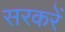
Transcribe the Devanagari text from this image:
सरकरें